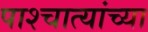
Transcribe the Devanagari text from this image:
पाश्चात्यांच्या